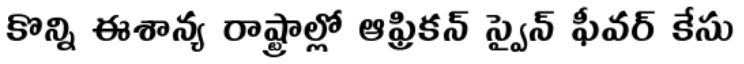
కొన్ని ఈశాన్య రాష్ట్రాల్లో ఆఫ్రికన్ స్వైన్ ఫీవర్ కేసు